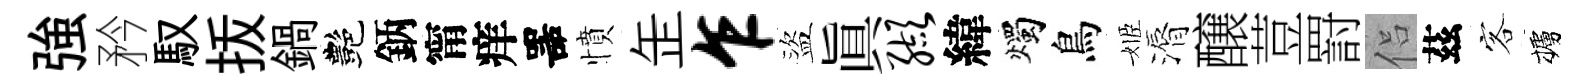
強矜馭㧞鍋艷鈵甯痒噐憤𦈢乍盜眞缬緯燭鳥姬漘醸荳罸侣茲客櫨